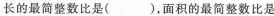
长的最简整数比是( )，面积的最简整数比是